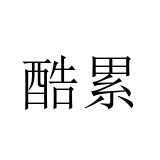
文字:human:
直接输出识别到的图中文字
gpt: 酷累